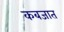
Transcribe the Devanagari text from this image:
कबजात